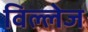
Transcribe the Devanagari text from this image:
विल्लेज